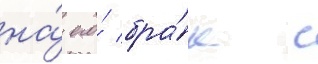
на́ его́ бра́к с